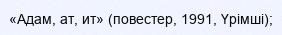
«Адам, ат, ит» (повестер, 1991, Үрімші);